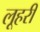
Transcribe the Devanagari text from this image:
लूहरी